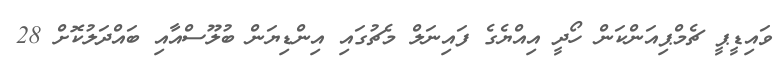
ވައިޑީޕީ ޗެމްޕިއަންކަން ހޯދީ އިއްޔެގެ ފައިނަލް މެޗުގައި އިންޑިޔަން ބުލޫސްއާއި ބައްދަލުކޮށް 28